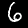
Label: 6